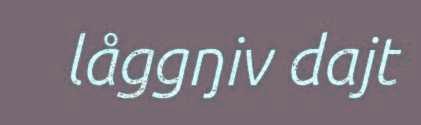
låggŋiv dajt